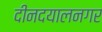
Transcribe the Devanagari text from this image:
दीनदयालनगर